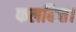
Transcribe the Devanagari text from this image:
फलकित।